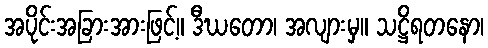
အပိုင်းအခြားအားဖြင့်။ ဒီဃတော၊ အလျားမှ။ သဋ္ဌိရတနော၊